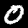
Label: 0